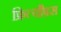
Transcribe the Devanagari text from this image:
फ्रित्यौफ़्स